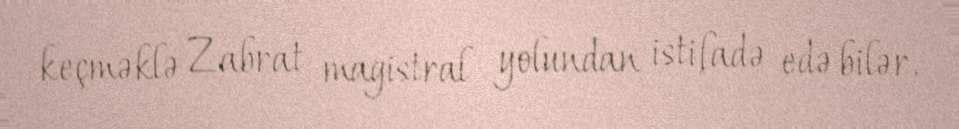
keçməklə Zabrat magistral yolundan istifadə edə bilər.